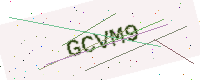
Text: GCVM9